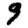
Digit: 9